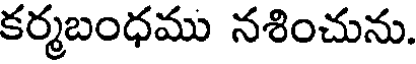
కర్మబంధము నశించును.